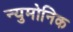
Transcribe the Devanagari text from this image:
न्युमोनिक